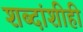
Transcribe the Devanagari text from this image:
शब्दांशीही